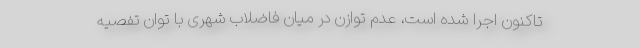
تاکنون اجرا شده است، عدم توازن در میان فاضلاب شهری با توان تفصیه‌